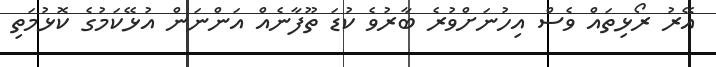
އޭރު ރޯޅިތައް ވެސް އިހުނަށްވުރެ ބާރުވެ ކުޑަ ތޫފާނެއް އަންނަން އުޅޭކަމުގެ ކޮޅުމަތި